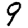
Digit: 9